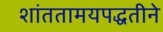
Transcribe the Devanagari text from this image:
शांततामयपद्धतीने